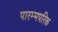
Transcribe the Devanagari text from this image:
पारम्मपरिक